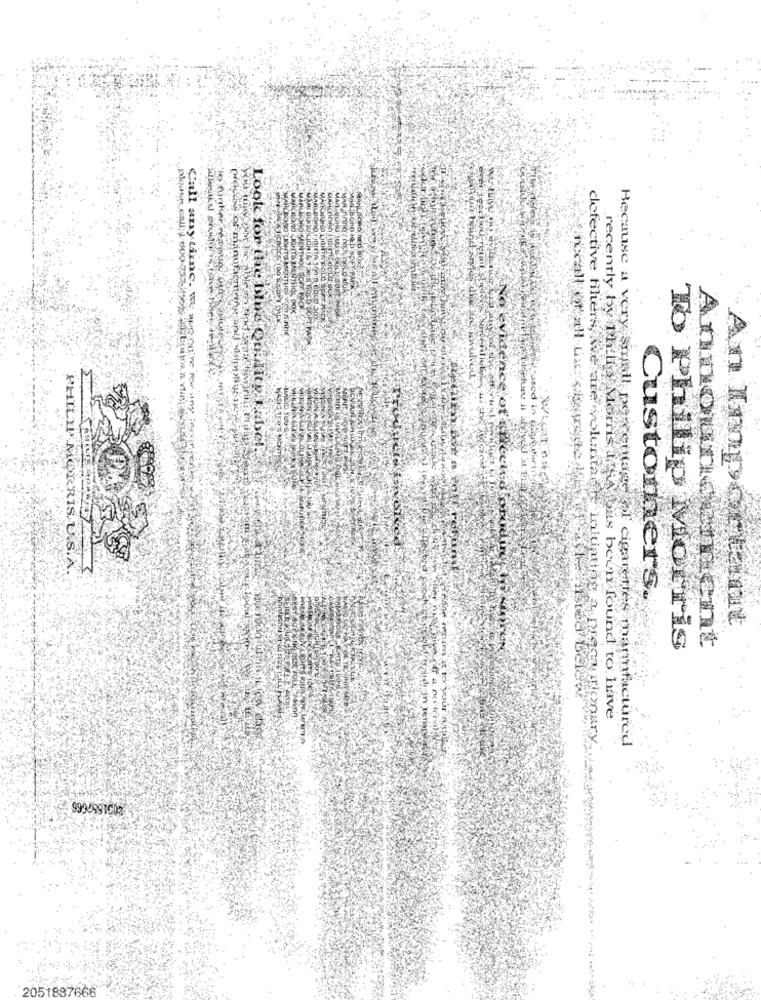
Call anytårne. we
NO
Look for the blue Que
PHILIP MORRIS.U.S.W.
Customers
clefective thiers, we are voluntadde Initiating:
An Important
Announcement
To Phillip Morris
recently by Philis Moms 1 GA has been found to have
smar
Because a very small percentage of cigarettes manfactured
renamn it to your waiter
2051887666